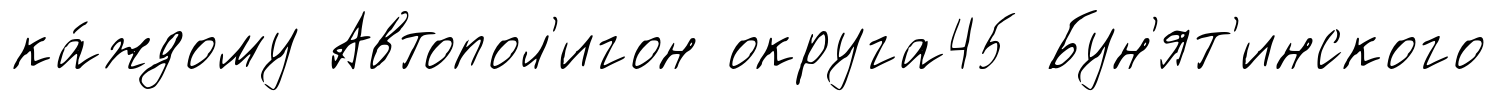
ка́ждому Автопол'игон округа45 Бун'ят'инского